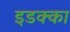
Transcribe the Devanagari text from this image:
इडक्‍का